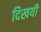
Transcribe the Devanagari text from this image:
दिखयी